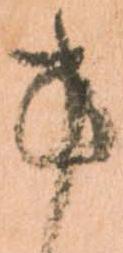
方